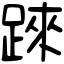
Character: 𨂐